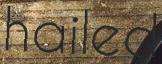
hailed